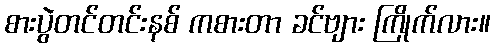
စားပွဲတင်တင်းနစ် ကစားတာ ခင်ဗျား ကြိုက်လား။